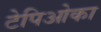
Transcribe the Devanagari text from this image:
टेपिओका